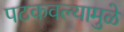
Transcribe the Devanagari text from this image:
पटकवल्यामुळे